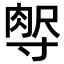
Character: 𡬻